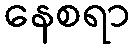
နေစရာ